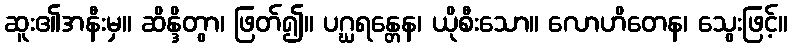
ဆူး၏အနီးမှ။ ဆိန္ဒိတွာ၊ ဖြတ်၍။ ပဂ္ဃရန္တေန၊ ယိုစီးသော။ လောဟိတေန၊ သွေးဖြင့်။